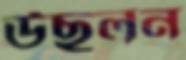
উছলন